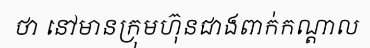
ថា នៅមានក្រុមហ៊ុនជាងពាក់កណ្តាល